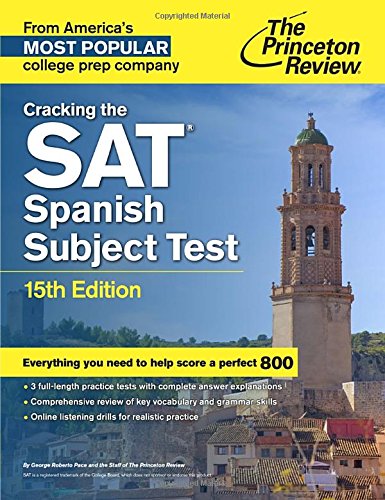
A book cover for Cracking the SAT Spanish Subject Test, 15th Edition (College Test Preparation); Princeton Review; Test Preparation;